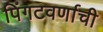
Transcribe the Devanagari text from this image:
पिंगटवर्णाची